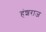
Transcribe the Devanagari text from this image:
हंशराज